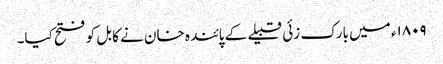
۱۸۰۹ء میں بارک زئی قبیلے کے پائندہ خان نے کابل کو فتح کیا۔